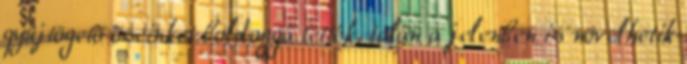
gyûjtögetõ õseinket boldoggá tették, talán a jelenben is növelhetik